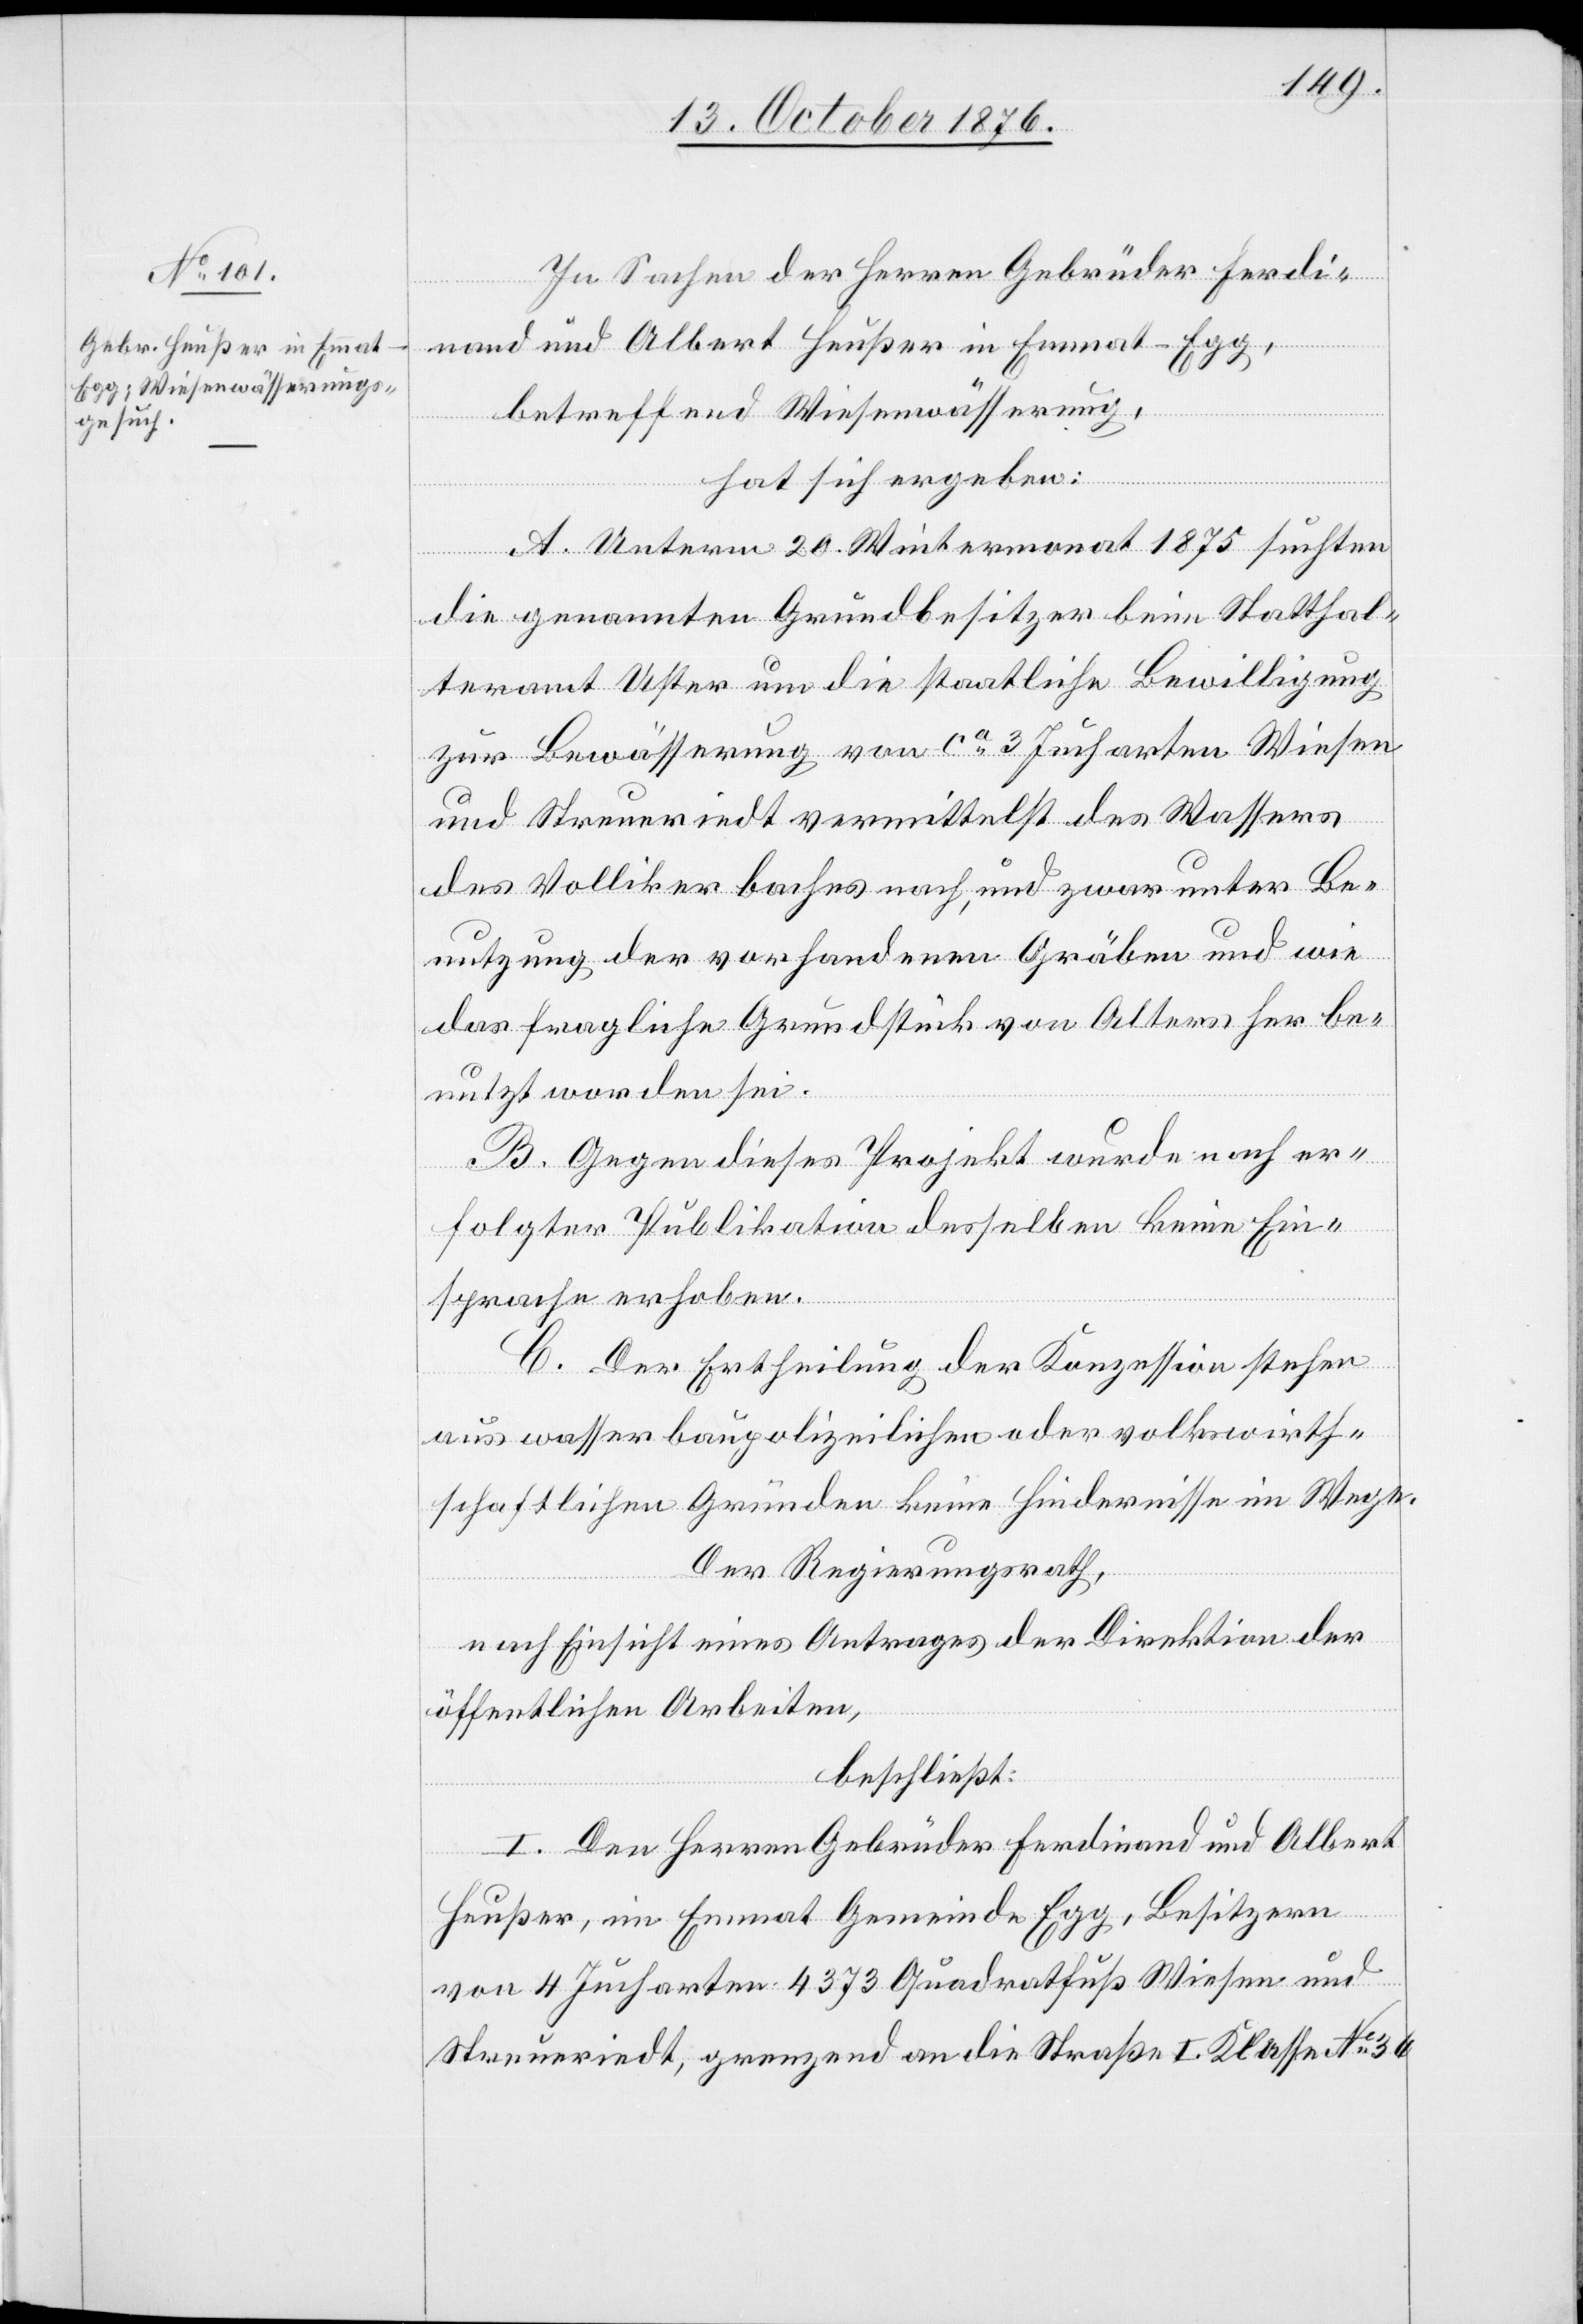
In Sachen der Herren Gebrüder Ferdi¬
nand und Albert Heußer in Emmat - Egg,
betreffend Wiesenwässerung,
hat sich ergeben:
A. Unterm 20. Wintermonat 1875 suchten
die genannten Grundbesitzer beim Statthal¬
teramt Uster um die staatliche Bewilligung
zur Bewässerung von ca 3 Jucharten Wiesen
und Streueriedt vermittelst des Wassers
des Vollikerbaches nach, und zwar unter Be¬
nutzung der vorhandenen Gräben und wie
das fragliche Grundstück von Alters her be¬
nutzt worden sei.
B. Gegen dieses Projekt wurde nach er¬
folgter Publikation desselben keine Ein¬
sprache erhoben.
C. Der Ertheilung der Konzession stehen
aus wasserbaupolizeilicher oder volkswirth¬
schaftlichen Gründen keine Hindernisse im Wege.
Der Regierungsrath,
nach Einsicht eines Antrages der Direktion der
öffentlichen Arbeiten,
beschließt:
I. Den Herren Gebrüder Ferdinand und Albert
Heußer, im Emmat Gemeinde Egg, Besitzern
von 4 Jucharten 4373 Quadratfuß Wiesen und
Streueriedt, grenzend an die Straße I. Klasse No 36